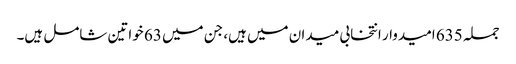
جملہ 635 امیدوار انتخابی میدان میں ہیں، جن میں 63 خواتین شامل ہیں۔